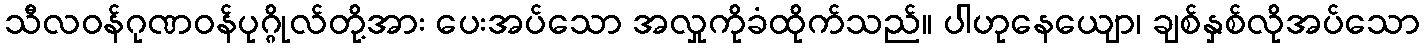
သီလဝန်ဂုဏဝန်ပုဂ္ဂိုလ်တို့အား ပေးအပ်သော အလှုကိုခံထိုက်သည်။ ပါဟုနေယျော၊ ချစ်နှစ်လိုအပ်သော